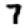
Digit: 7